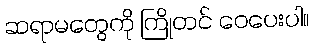
ဆရာမတွေကို ကြိုတင် ဝေပေးပါ။